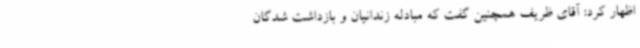
اظهار کرد: آقای ظریف همچنین گفت که مبادله زندانیان و بازداشت شدگان